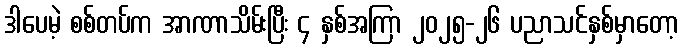
ဒါပေမဲ့ စစ်တပ်က အာဏာသိမ်းပြီး ၄ နှစ်အကြာ ၂၀၂၅-၂၆ ပညာသင်နှစ်မှာတော့